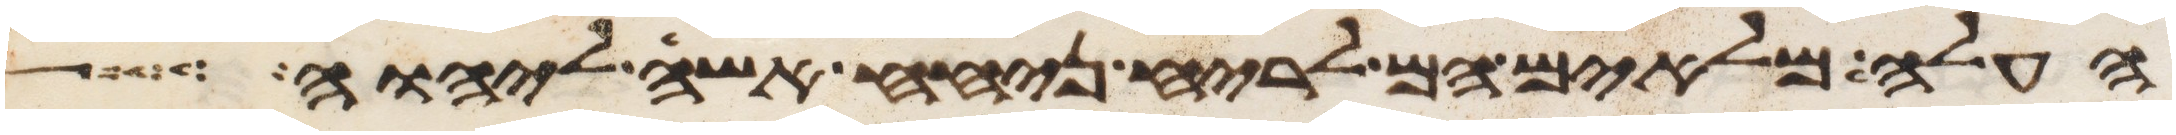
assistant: העלה מלאים הם לריח ניחח אשה ליהוה